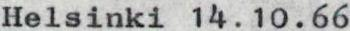
Helsinki 14.10.66